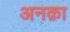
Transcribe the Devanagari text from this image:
अनक़ा